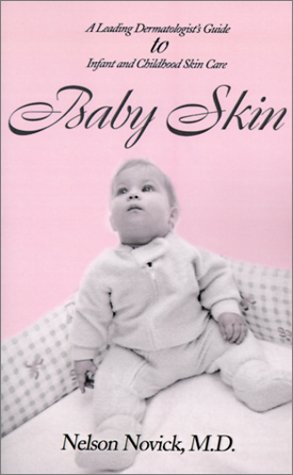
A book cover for Baby Skin: A Leading Dermatologist's Guide to Infant and Childhood Skin Care; Nelson Novick; Health, Fitness & Dieting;